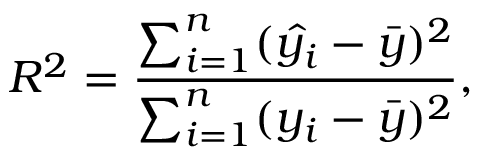
R ^ { 2 } = \frac { \sum _ { i = 1 } ^ { n } ( \hat { y _ { i } } - \bar { y } ) ^ { 2 } } { \sum _ { i = 1 } ^ { n } ( y _ { i } - \bar { y } ) ^ { 2 } } ,